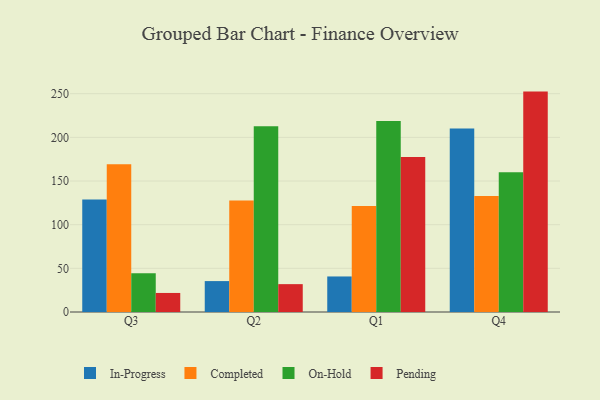
{"axis": {"x": "Quarter", "y": "Waste Production (Tons)"}, "legend": ["Completed", "In-Progress", "On-Hold", "Pending"], "data": [{"x": "Q3", "y": 128.9, "type": "In-Progress"}, {"x": "Q3", "y": 169.2, "type": "Completed"}, {"x": "Q3", "y": 44.5, "type": "On-Hold"}, {"x": "Q3", "y": 21.8, "type": "Pending"}, {"x": "Q2", "y": 35.4, "type": "In-Progress"}, {"x": "Q2", "y": 127.8, "type": "Completed"}, {"x": "Q2", "y": 212.7, "type": "On-Hold"}, {"x": "Q2", "y": 31.9, "type": "Pending"}, {"x": "Q1", "y": 40.7, "type": "In-Progress"}, {"x": "Q1", "y": 121.4, "type": "Completed"}, {"x": "Q1", "y": 218.6, "type": "On-Hold"}, {"x": "Q1", "y": 177.4, "type": "Pending"}, {"x": "Q4", "y": 210.1, "type": "In-Progress"}, {"x": "Q4", "y": 132.7, "type": "Completed"}, {"x": "Q4", "y": 159.9, "type": "On-Hold"}, {"x": "Q4", "y": 252.4, "type": "Pending"}]}